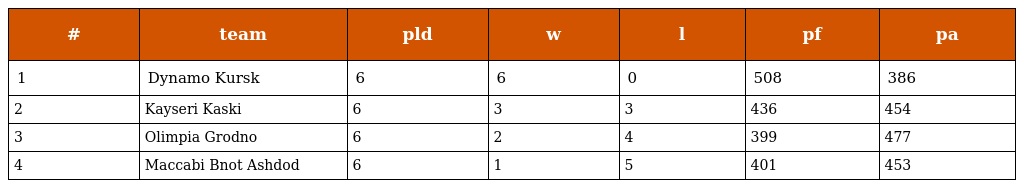
| # | team | pld | w | l | pf | pa |
 | --- | --- | --- | --- | --- | --- | --- |
 | 1 | Dynamo Kursk | 6 | 6 | 0 | 508 | 386 |
 | 2 | Kayseri Kaski | 6 | 3 | 3 | 436 | 454 |
 | 3 | Olimpia Grodno | 6 | 2 | 4 | 399 | 477 |
 | 4 | Maccabi Bnot Ashdod | 6 | 1 | 5 | 401 | 453 |